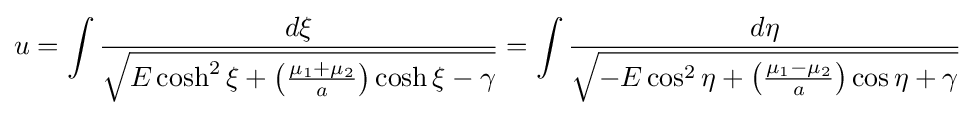
u=\int {\frac {d\xi }{\sqrt {E\cosh ^{2}\xi +\left({\frac {\mu _{1}+\mu _{2}}{a}}\right)\cosh \xi -\gamma }}}=\int {\frac {d\eta }{\sqrt {-E\cos ^{2}\eta +\left({\frac {\mu _{1}-\mu _{2}}{a}}\right)\cos \eta +\gamma }}}